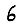
Digit: 6